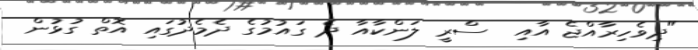
"ދިވެހިރާއްޖެ އާއި  ސްރީ ލަންކާއާ ދެ ގައުމުގެ ދެމެދުގައި އޮތް ގުޅުން